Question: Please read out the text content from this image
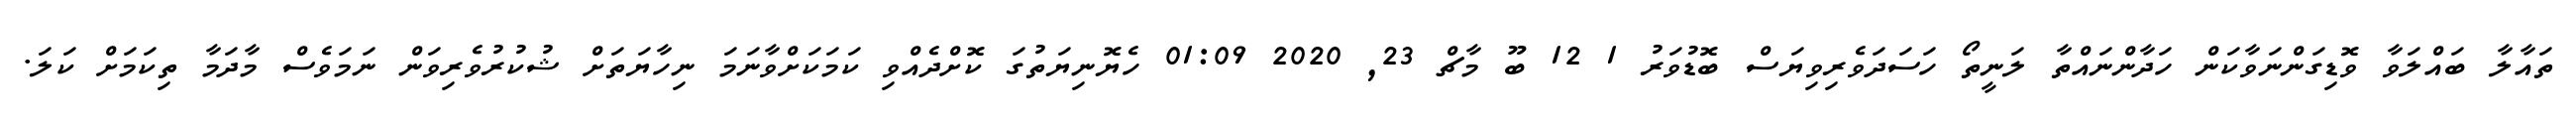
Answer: ތައާލާ ބައްލަވާ ވޮޑިގަންނަވާކަން ހަދާންނައްތާ ލަނީތޯ ހަސަދަވެރިވިޔަސް ބޮޑުވަރު 1 12 ބޫ މާޗް 23, 2020 01:09 ހެޔޮނިޔަތުގަ ކޮށްދެއްވި ކަމަކަށްވާނަމަ ނިހާޔަތަށް ޝުކުރުވެރިވަން ނަމަވެސް މާދަމާ ތިކަމަށް ކަލަ.